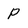
Character: p